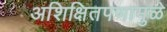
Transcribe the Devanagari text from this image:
अशिक्षितपणामुळे